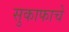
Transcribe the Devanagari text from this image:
सुकाफाचे